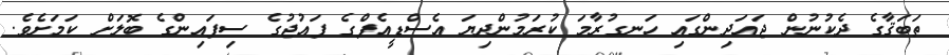
ތަބަޤާގެ ދެކުނުން ޖައަދިންގައި ހަނގުރާމަ ކުރަމުންދިޔަ އެސްޑީއެފްގެ ފައުޖުގެ ސިފައިންގެ ބޮލަށް ކަމަށެވެ.